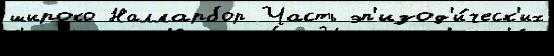
широко Налларбор Часть эп'изод'и́ческ'их